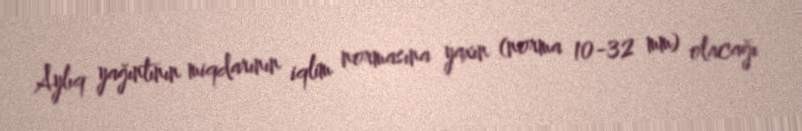
Aylıq yağıntının miqdarının iqlim normasına yaxın (norma 10-32 mm) olacağı